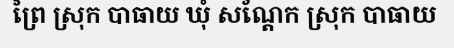
ព្រៃ ស្រុក បាធាយ ឃុំ សណ្តែក ស្រុក បាធាយ